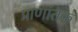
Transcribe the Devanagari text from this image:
प्राणांतक